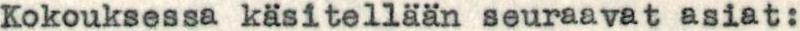
Kokouksessa käsitellään seuraavat asiat: